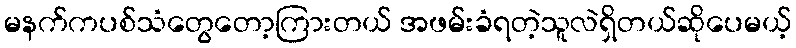
မနက်ကပစ်သံတွေတော့ကြားတယ် အဖမ်းခံရတဲ့သူလဲရှိတယ်ဆိုပေမယ့်